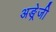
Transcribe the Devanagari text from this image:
अङ्रेजी